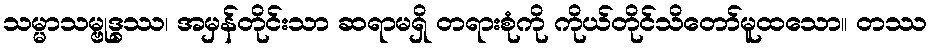
သမ္မာသမ္ဗုဒ္ဓဿ၊ အမှန်တိုင်းသာ ဆရာမရှိ တရားစုံကို ကိုယ်တိုင်သိတော်မူထသော။ တဿ